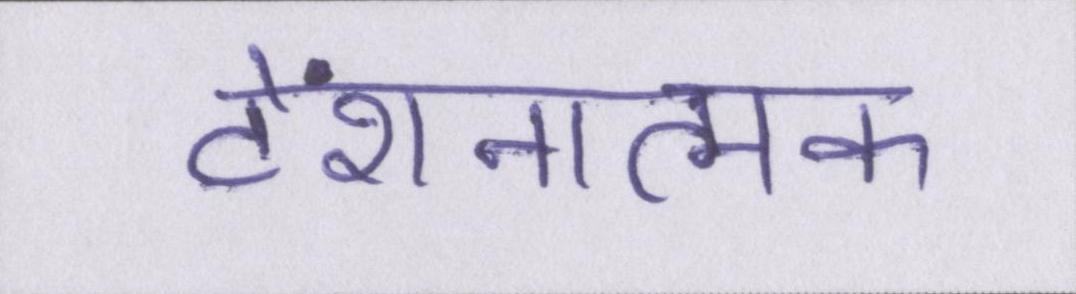
टेंशनात्मक